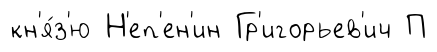
кн'я́з'ю Н'еп'ен'ин Гр'игорьев'ич П